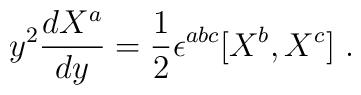
y^2\frac{dX^a}{dy} = \frac12 \epsilon^{abc} [X^b,X^c] \ .